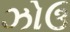
ઝોઉ